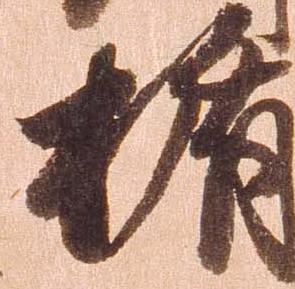
楯